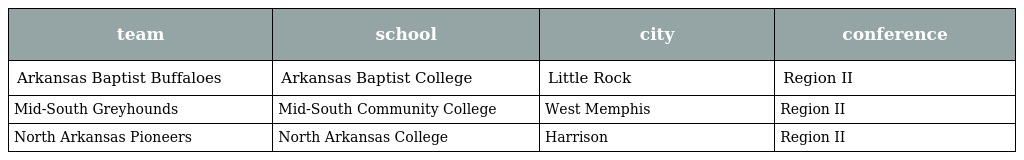
| team | school | city | conference |
 | --- | --- | --- | --- |
 | Arkansas Baptist Buffaloes | Arkansas Baptist College | Little Rock | Region II |
 | Mid-South Greyhounds | Mid-South Community College | West Memphis | Region II |
 | North Arkansas Pioneers | North Arkansas College | Harrison | Region II |